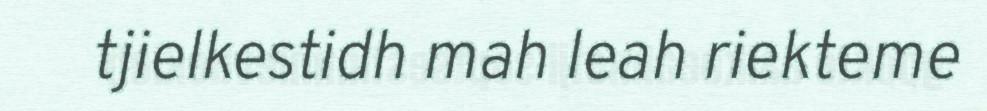
tjielkestidh mah leah riekteme